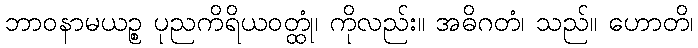
ဘာဝနာမယဉ္စ ပုညကိရိယဝတ္ထုံ၊ ကိုလည်း။ အဓိဂတံ၊ သည်။ ဟောတိ၊